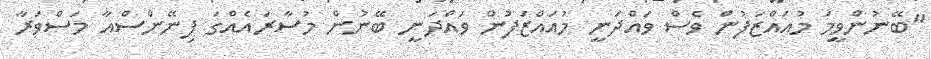
"ބޭނުންވީމަ މުއައްޒަފުން ވެސް ވައްދަނީ މުއައްޒަފުން ވައްދަނީ ބޭނުން މުސާރައެއްގަ ފިނޭންސްއާ މަސްވަރާ